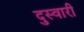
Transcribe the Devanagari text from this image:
दुस्वारी